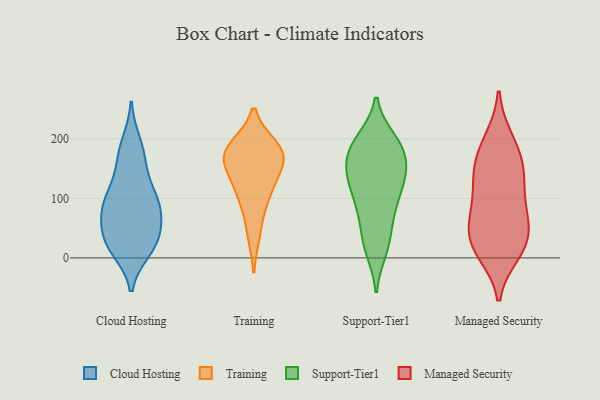
{"axis": {"x": "Temperature (°C)", "y": "Value"}, "legend": ["Cloud Hosting", "Managed Security", "Support-Tier1", "Training"], "data": [{"x": "", "y": 174, "type": "Cloud Hosting"}, {"x": "", "y": 55, "type": "Cloud Hosting"}, {"x": "", "y": 78, "type": "Cloud Hosting"}, {"x": "", "y": 107, "type": "Cloud Hosting"}, {"x": "", "y": 128, "type": "Cloud Hosting"}, {"x": "", "y": 88, "type": "Cloud Hosting"}, {"x": "", "y": 24, "type": "Cloud Hosting"}, {"x": "", "y": 67, "type": "Cloud Hosting"}, {"x": "", "y": 14, "type": "Cloud Hosting"}, {"x": "", "y": 24, "type": "Cloud Hosting"}, {"x": "", "y": 27, "type": "Cloud Hosting"}, {"x": "", "y": 94, "type": "Cloud Hosting"}, {"x": "", "y": 165, "type": "Cloud Hosting"}, {"x": "", "y": 193, "type": "Cloud Hosting"}, {"x": "", "y": 26, "type": "Cloud Hosting"}, {"x": "", "y": 91, "type": "Cloud Hosting"}, {"x": "", "y": 40, "type": "Training"}, {"x": "", "y": 104, "type": "Training"}, {"x": "", "y": 187, "type": "Training"}, {"x": "", "y": 176, "type": "Training"}, {"x": "", "y": 140, "type": "Training"}, {"x": "", "y": 182, "type": "Training"}, {"x": "", "y": 143, "type": "Training"}, {"x": "", "y": 179, "type": "Training"}, {"x": "", "y": 167, "type": "Training"}, {"x": "", "y": 96, "type": "Training"}, {"x": "", "y": 20, "type": "Support-Tier1"}, {"x": "", "y": 179, "type": "Support-Tier1"}, {"x": "", "y": 157, "type": "Support-Tier1"}, {"x": "", "y": 132, "type": "Support-Tier1"}, {"x": "", "y": 125, "type": "Support-Tier1"}, {"x": "", "y": 146, "type": "Support-Tier1"}, {"x": "", "y": 100, "type": "Support-Tier1"}, {"x": "", "y": 185, "type": "Support-Tier1"}, {"x": "", "y": 14, "type": "Support-Tier1"}, {"x": "", "y": 62, "type": "Support-Tier1"}, {"x": "", "y": 191, "type": "Support-Tier1"}, {"x": "", "y": 79, "type": "Support-Tier1"}, {"x": "", "y": 132, "type": "Support-Tier1"}, {"x": "", "y": 171, "type": "Support-Tier1"}, {"x": "", "y": 86, "type": "Support-Tier1"}, {"x": "", "y": 28, "type": "Support-Tier1"}, {"x": "", "y": 134, "type": "Support-Tier1"}, {"x": "", "y": 196, "type": "Support-Tier1"}, {"x": "", "y": 198, "type": "Support-Tier1"}, {"x": "", "y": 156, "type": "Managed Security"}, {"x": "", "y": 79, "type": "Managed Security"}, {"x": "", "y": 22, "type": "Managed Security"}, {"x": "", "y": 84, "type": "Managed Security"}, {"x": "", "y": 64, "type": "Managed Security"}, {"x": "", "y": 188, "type": "Managed Security"}, {"x": "", "y": 131, "type": "Managed Security"}, {"x": "", "y": 22, "type": "Managed Security"}, {"x": "", "y": 198, "type": "Managed Security"}, {"x": "", "y": 23, "type": "Managed Security"}, {"x": "", "y": 10, "type": "Managed Security"}, {"x": "", "y": 151, "type": "Managed Security"}, {"x": "", "y": 48, "type": "Managed Security"}, {"x": "", "y": 130, "type": "Managed Security"}]}